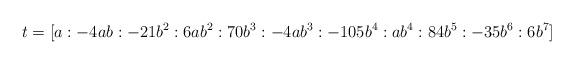
LaTeX: \begin{align*} t = [a:-4 a b:- 21 b^2:6 a b^2:70 b^3:-4 a b^3:-105 b^4 :a b^4:84 b^5:-35 b^6:6 b^7]\end{align*}